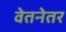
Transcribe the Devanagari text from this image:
वेतनेतर